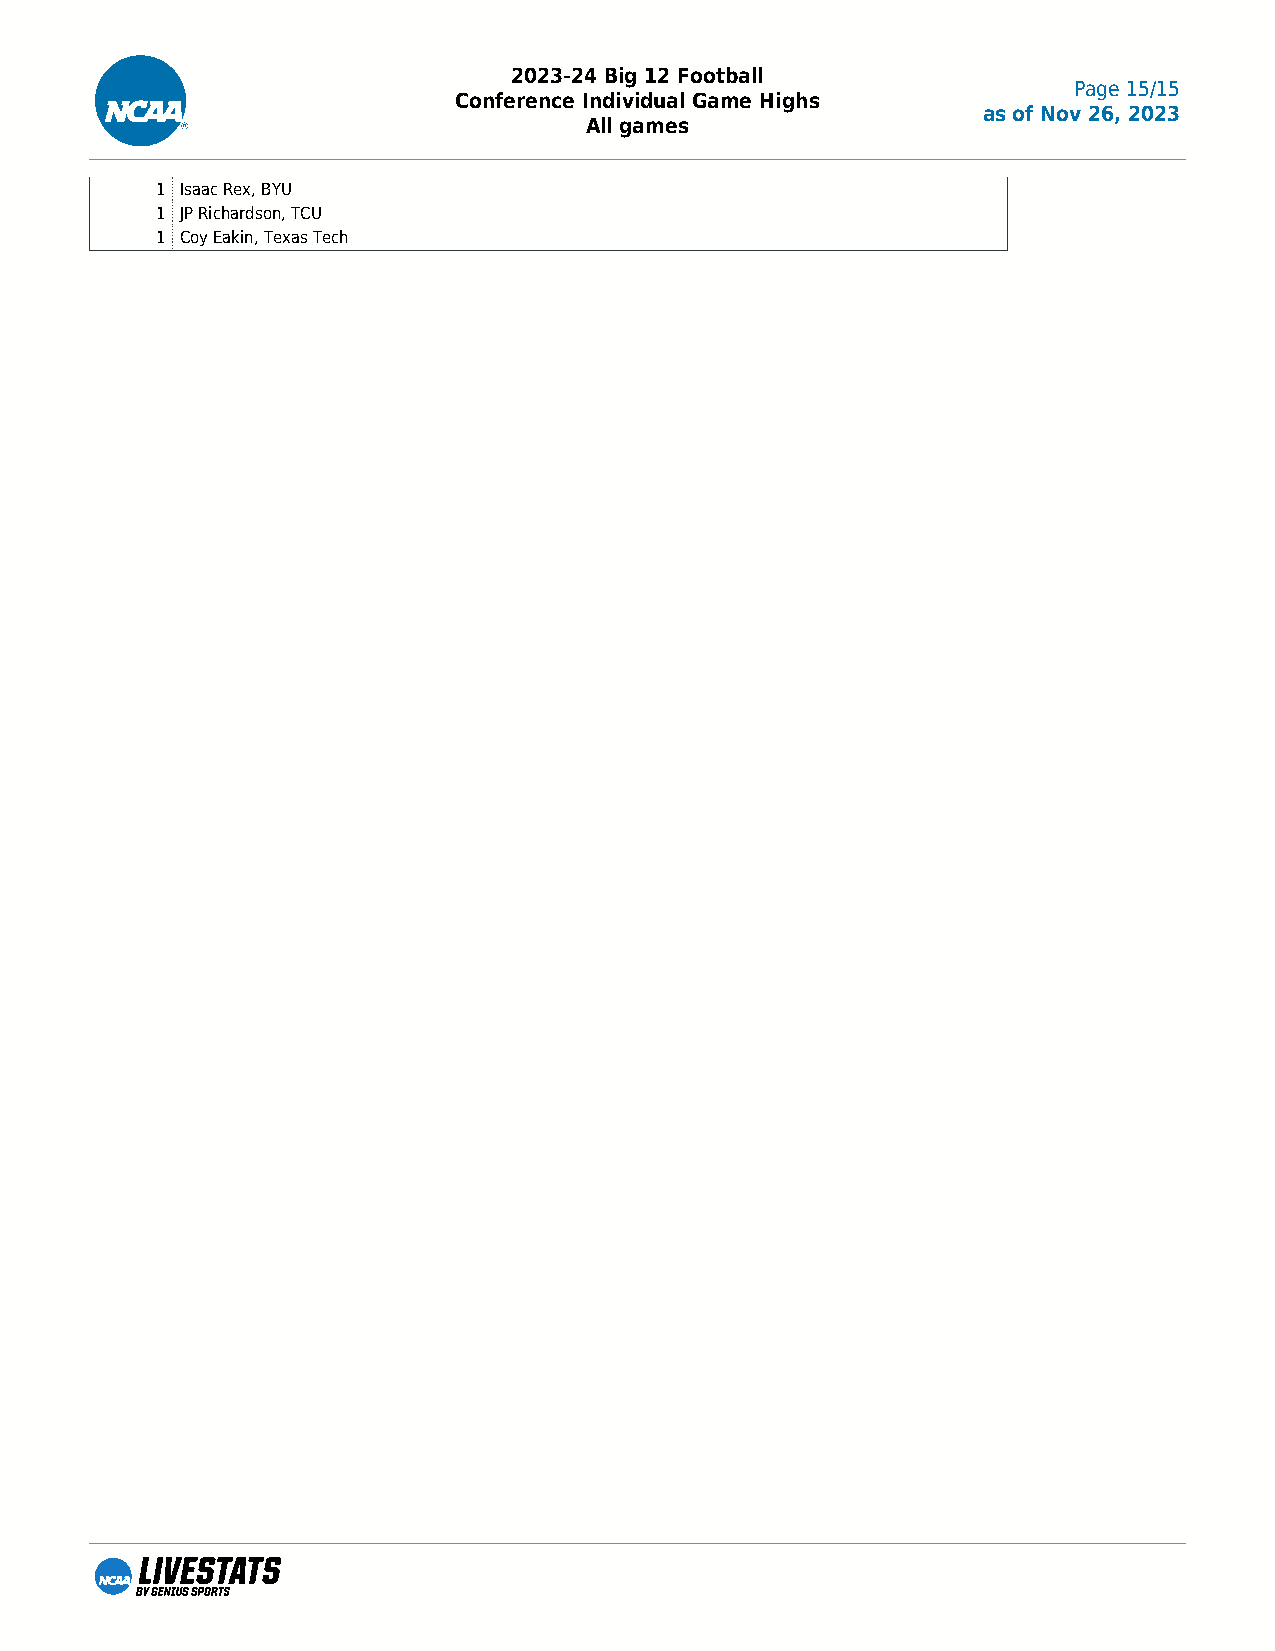
2023-24 Big 12 Football
 Page 15/15
 Conference Individual Game Highs
 as of Nov 26, 2023
 All games
 1 Isaac Rex, BYU
 1 JP Richardson, TCU
 1 Coy Eakin, Texas Tech